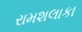
રામશલાકા